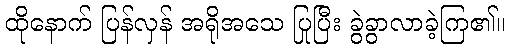
ထိုနောက် ပြန်လှန် အရိုအသေ ပြုပြီး ခွဲခွာလာခဲ့ကြ၏။